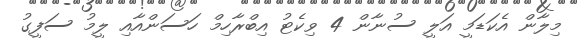
މިލާން އެކަޑަމީ އަލީ ސުނާން 4 ވިކެޓު އިބްރާހިމް ހަސަންއާއި ލީމު ސަފީގު